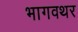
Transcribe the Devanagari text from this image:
भागवथर